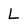
Character: L